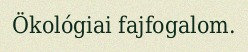
Ökológiai fajfogalom.